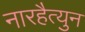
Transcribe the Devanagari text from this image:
नारहैत्युन